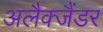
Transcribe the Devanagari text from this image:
अलैक्जैंडर